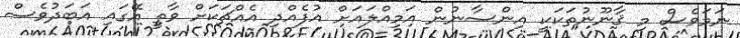
ނަމަވެސް މި ޤާނޫނުތަކަކީ އިންސާނުން އަމިއްލައަށް އުފެއްދި އެއްޗަކަށް ވާތީ އޭގައި އަބަދުވެސް